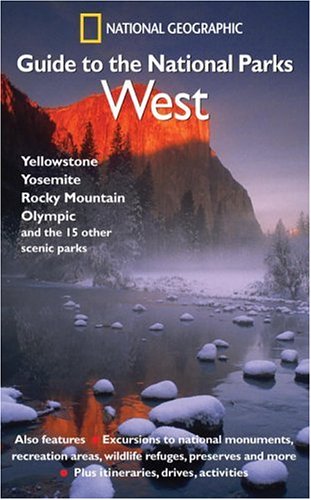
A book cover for National Geographic Guide to the National Parks: West; National Geographic Society; Travel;